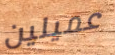
عميلين